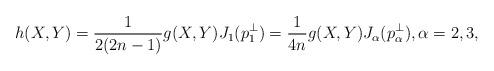
LaTeX: \begin{align*}h(X,Y)=\frac{1}{2(2n-1)}g(X,Y)J_1(p^\bot_1)=\frac{1}{4n}g(X,Y)J_\alpha (p_\alpha^\bot ), \alpha =2,3 ,\end{align*}